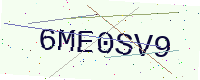
Text: 6ME0SV9